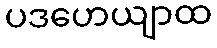
ပဒဟေယျာထ